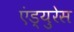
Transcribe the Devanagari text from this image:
एंड्युरेस